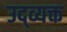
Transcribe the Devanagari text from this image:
उद्व्यक्त